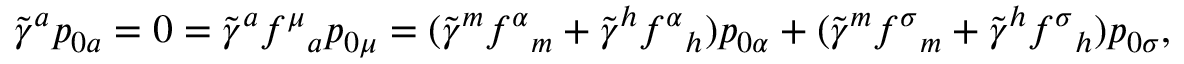
\tilde { \gamma } ^ { a } p _ { 0 a } = 0 = \tilde { \gamma } ^ { a } f ^ { \mu } { } _ { a } p _ { 0 \mu } = ( \tilde { \gamma } ^ { m } f ^ { \alpha } { } _ { m } + \tilde { \gamma } ^ { h } f ^ { \alpha } { } _ { h } ) p _ { 0 \alpha } + ( \tilde { \gamma } ^ { m } f ^ { \sigma } { } _ { m } + \tilde { \gamma } ^ { h } f ^ { \sigma } { } _ { h } ) p _ { 0 \sigma } ,